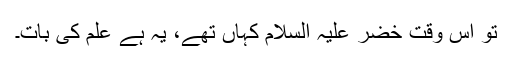
تو اس وقت خضر علیہ السلام کہاں تھے، یہ ہے علم کی بات۔